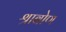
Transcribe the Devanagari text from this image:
श्राबोण